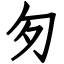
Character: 匇